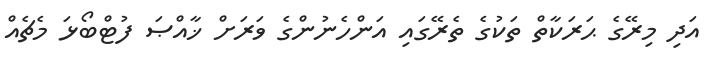
އަދި މިރޭގެ ޙަރަކާތް ތަކުގެ ތެރޭގައި އަންހެނުންގެ ވަރަށް ޚާއްޞަ ފުޓްބޯޅަ މެޗެއް